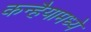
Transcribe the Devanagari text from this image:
कन्हैयामध्ये